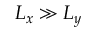
L _ { x } \gg L _ { y }